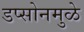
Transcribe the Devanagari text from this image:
डप्सोनमुळे